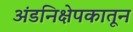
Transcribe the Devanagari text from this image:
अंडनिक्षेपकातून